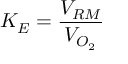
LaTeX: K _ { E } = { \frac { V _ { R M } } { V _ { O _ { 2 } } } }